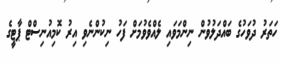
ހަތަރު ދުވަހުގެ ބައްދަލުވުން ނިންމަވައި ލެއްވެވުމަށް ފަހު ނިކުންނެވި އިރު ކޮމިއުނިސްޓް ޕާޓީގެ